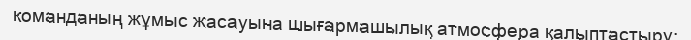
команданың жұмыс жасауына шығармашылық атмосфера қалыптастыру;